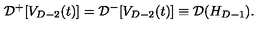
{ \cal D } ^ { + } [ V _ { D - 2 } ( t ) ] = { \cal D } ^ { - } [ V _ { D - 2 } ( t ) ] \equiv { \cal D } ( H _ { D - 1 } ) .